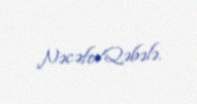
NəcəfovQəbələ.